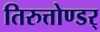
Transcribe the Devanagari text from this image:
तिरुत्तोण्डर्